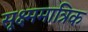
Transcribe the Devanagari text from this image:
सूक्ष्ममात्रिक